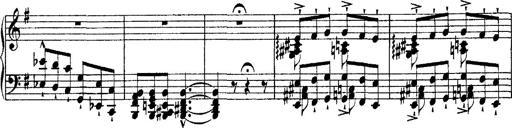
Title: Morceau de Salon
Composer: Josef Adalbert Pacher
Key: D-flat major